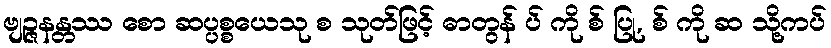
ဗျဉ္ဇနန္တဿ စော ဆပ္ပစ္စယေသု စ သုတ်ဖြင့် ဓာတွန် ပ် ကို စ် ပြု, စ် ကို ဆ သို့ကပ်